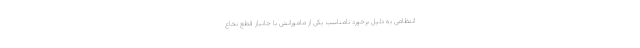
انتظامی به دلیل برخورد نامناسب یکی از مامورانش با جانباز قطع نخاع